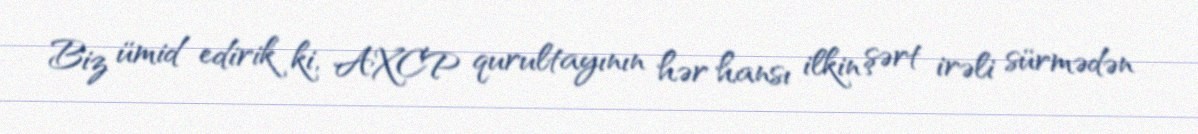
Biz ümid edirik ki, AXCP qurultayının hər hansı ilkin şərt irəli sürmədən